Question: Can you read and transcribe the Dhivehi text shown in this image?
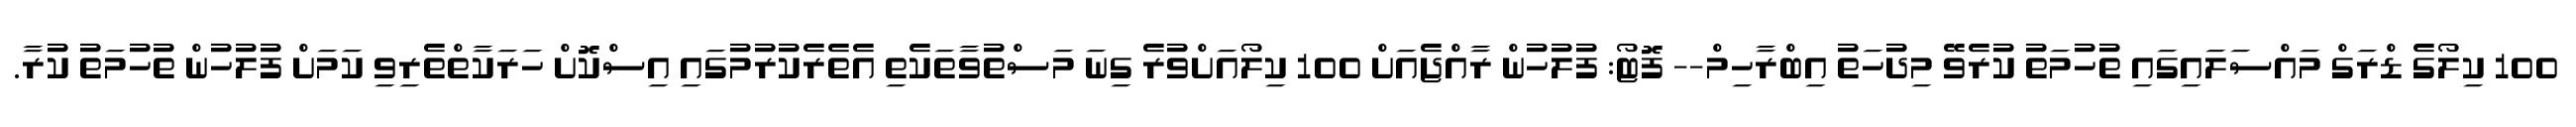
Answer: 100 ކިލޯގެ ޑްރަގް މައްސަލައިގައި ތުހުމަތު ކުރެވޭ މިދުހަތު އިބްރާހިމް-- ފޮޓޯ: ފުލުހުން ރާއްޖެއަށް 100 ކިލޯއަށްވުރެ ގިނަ މަސްތުވާތަކެތި އެތެރެކުރުމުގައި އިސްކޮށް ހަރަކާތްތެރިވި ކަމަށް ފުލުހުން ތުހުމަތު ކުރާ.